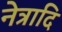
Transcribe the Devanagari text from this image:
नेत्रादि